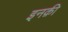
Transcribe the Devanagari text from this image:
इनक़ी